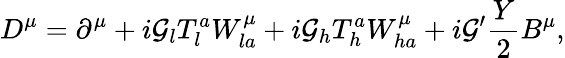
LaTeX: D^{\mu}=\partial^{\mu}+i\mathcal{G}_{l}T_{l}^{a}W_{la}^{\mu}+i\mathcal{G}_{h}T_{h}^{a}W_{ha}^{\mu}+i\mathcal{G}^{\prime}\frac{{Y}}{{2}}B^{\mu},